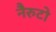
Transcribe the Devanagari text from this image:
नैरुटो